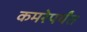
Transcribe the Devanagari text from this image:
कमरेपर्यंत